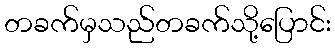
တခက်မှသည်တခက်သို့ပြောင်း